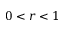
0 < r < 1